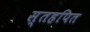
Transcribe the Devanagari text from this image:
स्तहपित